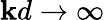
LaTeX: \mathbf{k}d\to\infty